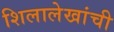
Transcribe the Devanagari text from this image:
शिलालेखांची